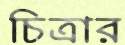
চিত্রার